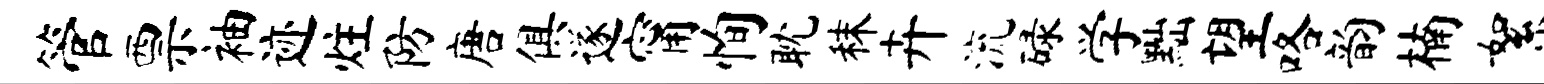
管票袖迹炷防唐俱遂甯恂耽秣卉流碌学黜望咯韵楠絮